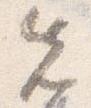
先